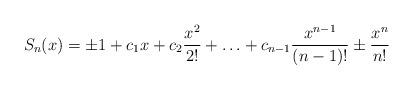
LaTeX: \begin{align*}S_n(x)=\pm 1+c_1x+c_2\frac{x^2}{2!}+\ldots +c_{n-1}\frac{x^{n-1}}{(n-1)!}\pm \frac{x^n}{n!}\end{align*}